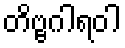
တိဗ္ဗဂါရဝါ